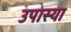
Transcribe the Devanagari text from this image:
उपास्या